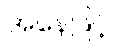
အနေဖြင့်